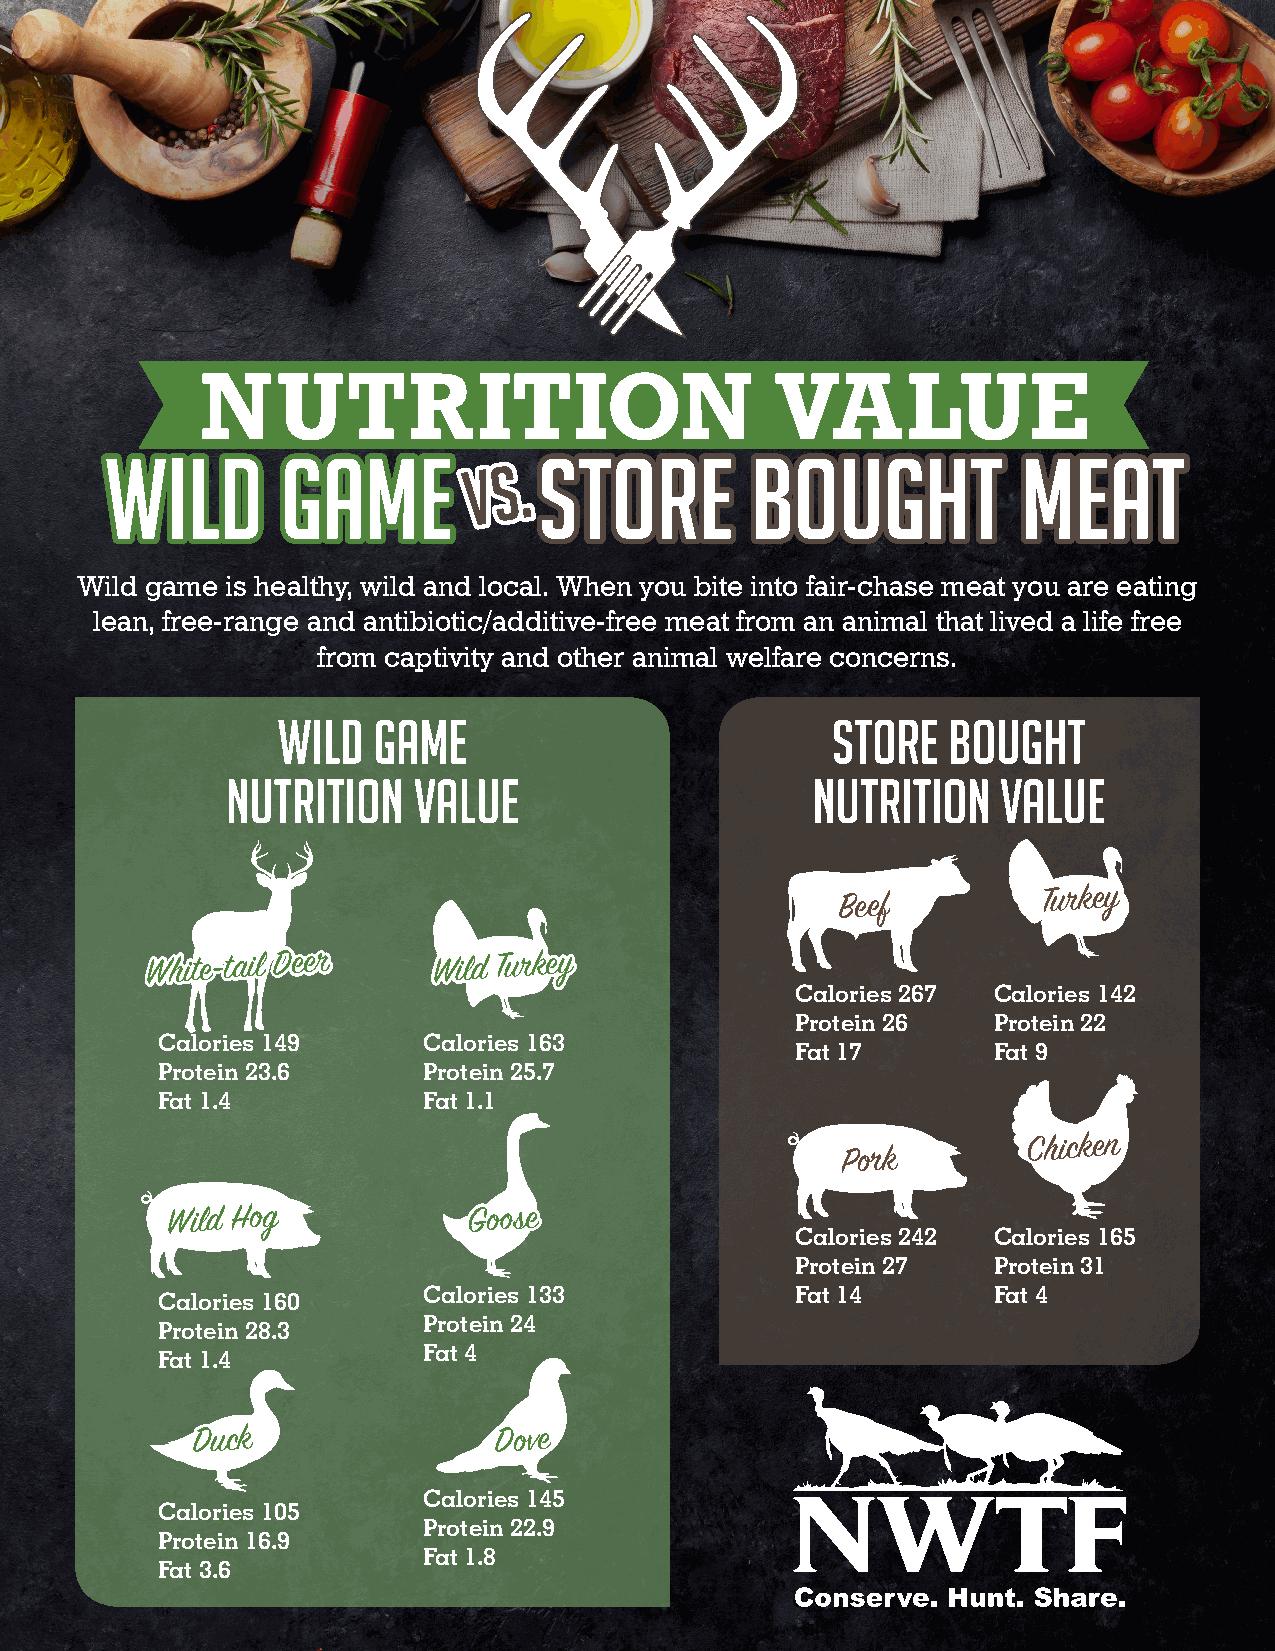
NUTRITION                             VA       LUE
 WILD        GAME             STORE         BOUGHT            MEAT
 V S .
 Wild game is healthy, wild and local. When you bite into fair-chase meat you are eating
 lean, free-range and antibiotic/additive-free meat from an animal that lived a life free
 from captivity and other animal welfare concerns.
 WILD   GAME                          STORE   BOUGHT
 NUTRITION   VALUE                      NUTRITION   VALUE
 Beef
 Turkey
 White-tail Deer    Wild Turkey
 Calories 267 Calories 142
 Protein 26   Protein 22
 Calories 149      Calories 163
 Fat 17       Fat 9
 Protein 23.6      Protein 25.7
 Fat 1.4           Fat 1.1
 Chicken
 Pork
 Wild Hog            Goose
 Calories 242 Calories 165
 Protein 27   Protein 31
 Calories 133             Fat 14       Fat 4
 Calories 160
 Protein 24
 Protein 28.3
 Fat 4
 Fat 1.4
 Duck                Dove
 Calories 145
 Calories 105
 Protein 22.9
 Protein 16.9
 Fat 1.8
 Fat 3.6